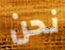
نحن